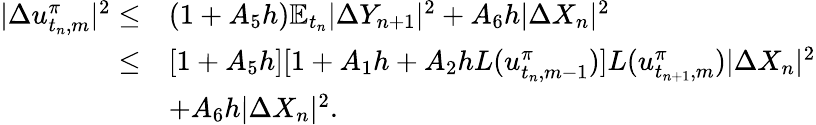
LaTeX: \begin{array}{r}{\begin{array}{rl}{|\Delta u_{t_{n},m}^{\pi}|^{2}\leq}&{(1+A_{5}h)\mathbb{E}_{t_{n}}{|\Delta Y_{n+1}|^{2}}+A_{6}h|\Delta X_{n}|^{2}}\\ {\leq}&{[1+A_{5}h][1+A_{1}h+A_{2}hL(u_{t_{n},m-1}^{\pi})]L(u_{t_{n+1},m}^{\pi})|\Delta X_{n}|^{2}}\\ &{+A_{6}h|\Delta X_{n}|^{2}.}\end{array}}\end{array}